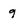
Character: 9